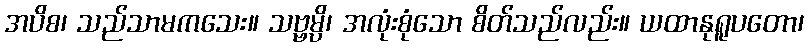
အပိစ၊ သည်သာမကသေး။ သဗ္ဗမ္ပိ၊ အလုံးစုံသော စိတ်သည်လည်း။ ယထာနုရူပတော၊